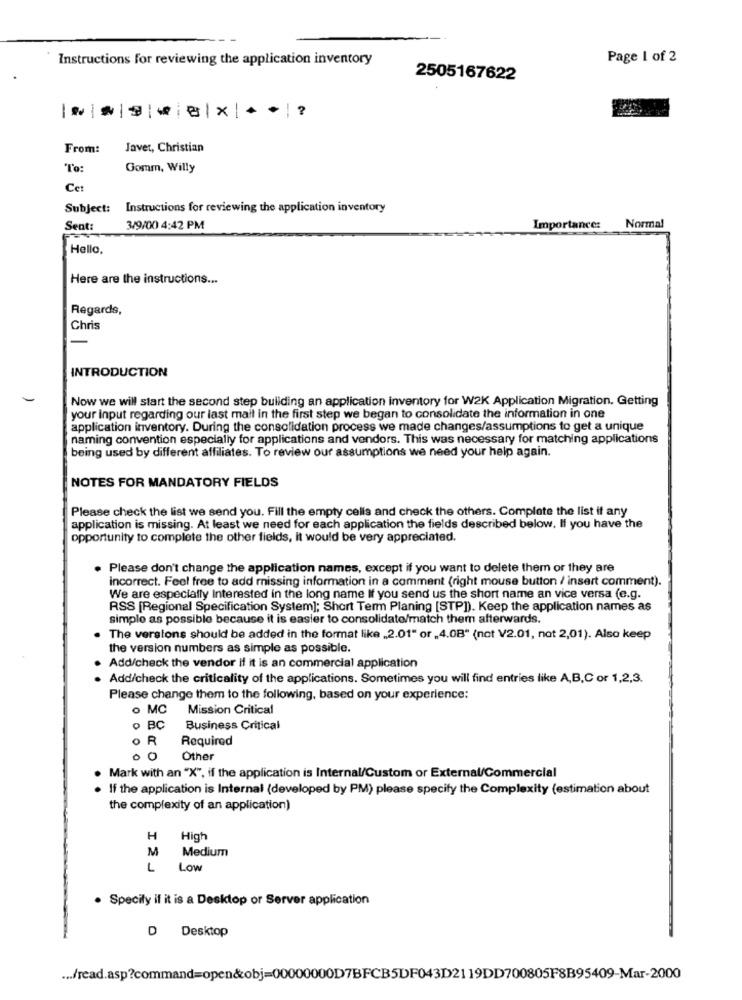
Instructions for reviewing the application inventory
Page 1 of 2
2505167622
| N||3|8|X|?
From:
Javet, Christian
*l'o:
Gomm, Willy
Cet
Subject: Instructions for reviewing the application inventory
Sent:
3/9/00 4:42 PM
Importance:
Normal
Hello
Here are the instructions ...
Regards,
Chris
INTRODUCTION
Now we will start the second step building an application inventory for W2K Application Migration. Getting
your input regarding our last mail in the first step we began to consolidate the information in one
application inventory. During the consolidation process we made changes/assumptions to get a unique
naming convention especially for applications and vendors. This was necessary for matching applications
being used by different affiliates. To review our assumptions we need your help again.
NOTES FOR MANDATORY FIELDS
Please check the list we send you. Fill the empty cells and check the others. Complete the list if any
application is missing. At least we need for each application the fields described below. If you have the
opportunity to complete the other fields, it would be very appreciated.
Please don't change the application names, except if you want to delete them or they are
incorrect. Feel free to add missing information in a comment (right mouse button / insert comment).
We are especially Interested in the long name If you send us the short name an vice versa (e.g.
RSS [Regional Specification System]; Short Term Planing [STP]). Keep the application names as
simple as possible because it is easier to consolidate/match them afterwards.
The versions should be added in the format like „2.01" or „4.0B" (not V2.01, not 2,01). Also keep
the version numbers as simple as possible.
Add/check the vendor if it is an commercial application
Add/check the criticality of the applications. Sometimes you will find entries like A,B,C or 1,2,3.
Please change them to the following, based on your experience:
o MC
Mission Critical
o BC
Business Critical
o R
Required
, O
Other
Mark with an "X", if the application is Internal/Custom or External/Commercial
If the application is Internal (developed by PM) please specify the Complexity (estimation about
the complexity of an application)
H
High
M
Medium
L
Low
· Specify if it is a Desktop or Server application
D Desktop
... /read.asp?command=open&obj=00000000D7BFCB5DF043D2119DD700805F8B95409-Mar-2000